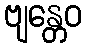
ဗျန္တေဝ